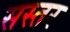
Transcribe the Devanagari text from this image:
सस्तर